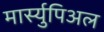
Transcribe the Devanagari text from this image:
मार्स्युपिअल